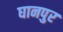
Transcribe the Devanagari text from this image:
घानपुर